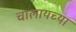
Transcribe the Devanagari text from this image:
चालायच्या